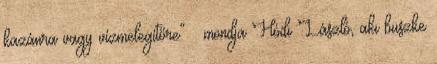
kazánra vagy vízmelegítőre” – mondja Hódi László, aki büszke